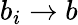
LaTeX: b_{i}\to b